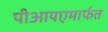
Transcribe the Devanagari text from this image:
पीआयएमार्फत